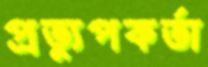
প্রত্যুপকর্তা